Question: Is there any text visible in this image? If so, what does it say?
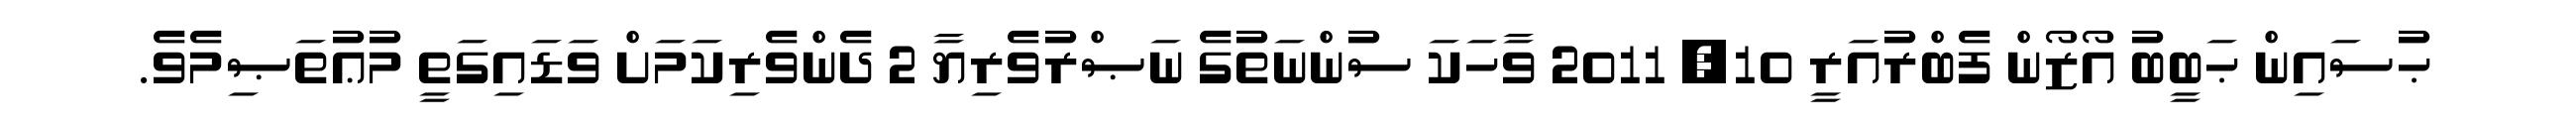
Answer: ޙުސައިން ޙަބީބު އޯޒޯން ފެބްރުއަރީ 10, 2011 ވާހަކަ ސުންނަތުގެ ނަޞްރުވެރިޔާ 2 ދެންވެރިކަމަށް ވަޑައިގަތީ މުޢުތަޞިމެވެ.